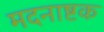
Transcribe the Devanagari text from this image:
मदनाष्टक